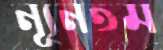
ন্যূনতম